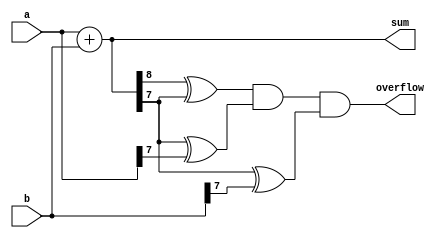
module ParametricAdder #(
    parameter N = 8  // Default bit-width is 8 bits
)(
    input  [N-1:0] a,  // N-bit input a
    input  [N-1:0] b,  // N-bit input b
    output [N:0] sum,  // (N+1)-bit output sum
    output overflow     // Overflow indication
);

    // Continuous assignment for sum
    assign sum = a + b;

    // Overflow detection logic
    assign overflow = (sum[N] ^ sum[N-1]) & (sum[N-1] ^ a[N-1]) & (sum[N-1] ^ b[N-1]);

endmodule